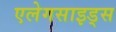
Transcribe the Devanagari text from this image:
एलेगसाइड्स